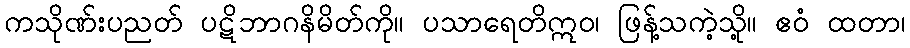
ကသိုဏ်းပညတ် ပဋိဘာဂနိမိတ်ကို။ ပသာရေတိဣဝ၊ ဖြန့်သကဲ့သို့။ ဧဝံ ထတာ၊